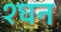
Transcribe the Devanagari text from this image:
१घन